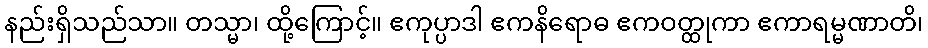
နည်းရှိသည်သာ။ တသ္မာ၊ ထို့ကြောင့်။ ဧကုပ္ပာဒါ ဧကနိရောဓ ဧကဝတ္ထုကာ ဧကာရမ္မဏာတိ၊